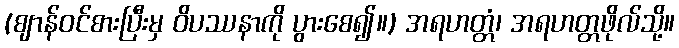
(ဈာန်ဝင်စားပြီးမှ ဝိပဿနာကို ပွားစေ၍။) အရဟတ္တံ၊ အရဟတ္တဖိုလ်သို့။